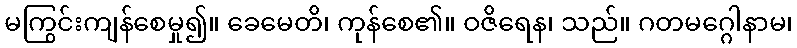
မကြွင်းကျန်စေမှု၍။ ခေမေတိ၊ ကုန်စေ၏။ ဝဇိရေန၊ သည်။ ဂတမဂ္ဂေါနာမ၊